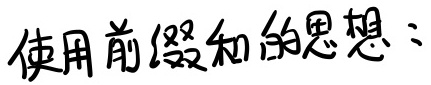
使用前缀和的思想：